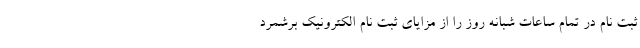
ثبت نام در تمام ساعات شبانه روز را از مزایای ثبت نام الکترونیک برشمرد